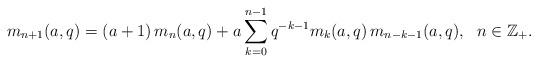
LaTeX: \begin{align*}m_{n+1}(a,q)=(a+1)\, m_{n}(a,q)+a\sum_{k=0}^{n-1}q^{-k-1}m_{k}(a,q)\, m_{n-k-1}(a,q),\ \ n\in\mathbb{Z}_{+}.\end{align*}